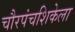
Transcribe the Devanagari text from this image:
चौरपंचशिकेला